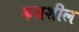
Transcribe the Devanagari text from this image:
कम्रशील